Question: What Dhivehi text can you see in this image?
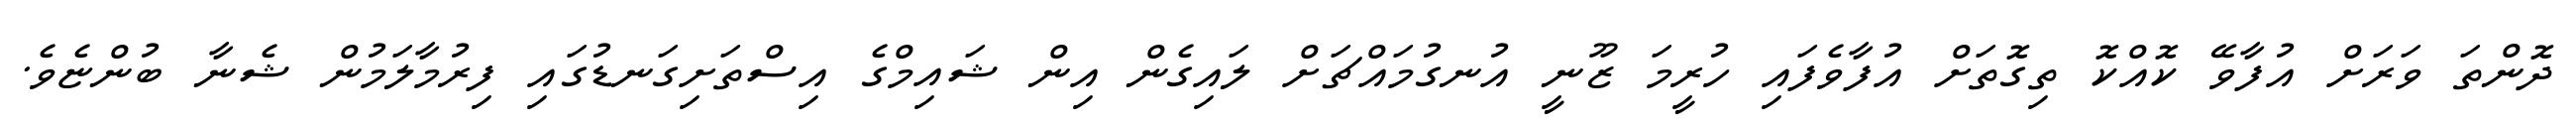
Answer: ދޮންތަ ވަރަށް އުފާވޭ ކޮއްކޮ ތިގޮތަށް އުފާވެފައި ހުރީމަ ޒޫނީ އުނގުމައްޗަށް ލައިގެން އިން ޝައިމްގެ އިސްތަށިގަނޑުގައި ފިރުމާލަމުން ޝެނާ ބުންޏެވެ.